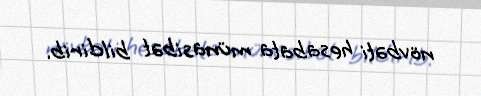
növbəti hesabata münasibət bildirib.